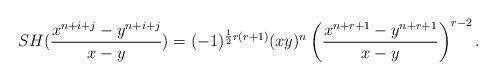
LaTeX: \begin{align*} SH(\frac{x^{n+i+j} -y^{n+i+j} }{x-y})=(-1)^{\frac{1}{2}r (r+1)} (xy)^n \left( \frac{x^{n+r+1} -y^{n+r+1} }{x-y} \right)^{r-2}. \end{align*}